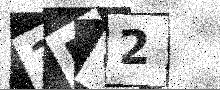
Text: 3BQ2